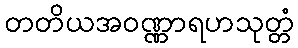
တတိယအဝဏ္ဏာရဟသုတ္တံ